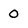
Character: 0